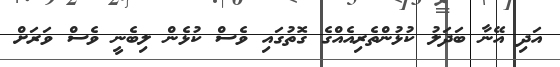
އަދި އޭނާ ބަދަލު ކުޅުންތެރިއެއްގެ ގޮތުގައި ވެސް ކުޅެން ލިބެނީ ވެސް ވަރަށް